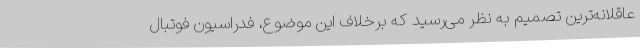
عاقلانه‌ترین تصمیم به نظر می‌رسید که برخلاف این موضوع، فدراسیون فوتبال